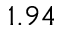
1 . 9 4